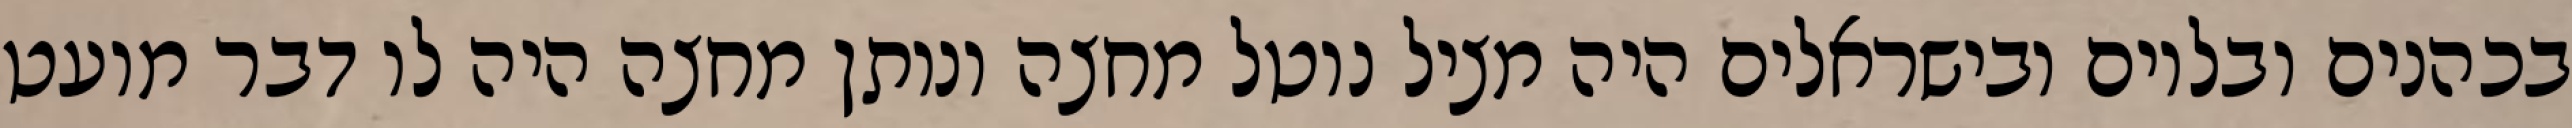
בכהנים ובלוים ובישראלים היה מציל נוטל מחצה ונותן מחצה היה לו דבר מועט